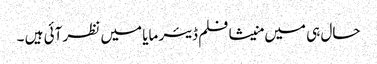
حال ہی میں منیشا فلم ڈیئر مایا میں نظر آئی ہیں ۔